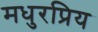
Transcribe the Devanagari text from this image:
मधुरप्रिय